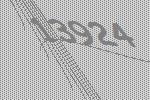
13924